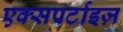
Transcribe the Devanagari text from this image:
एक्सपर्टाइज़